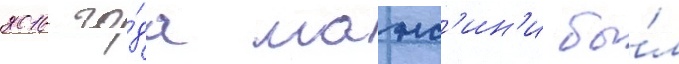
2016 го́да манс'ин'и бы́л